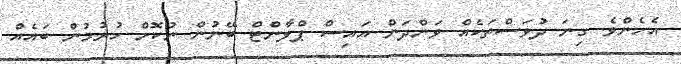
އެހެންވެ ގިނަ ދުވަަސްތަކެއް ވަންދަން އައިސް ޕްލާންޓް ބޭނުން ނުކޮށް ހުރުމުން ބައެއް